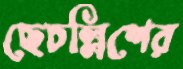
ছেচল্লিশের